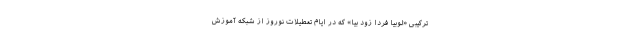
ترکیبی «لوبیا فردا زود بیا» که در ایام تعطیلات نوروز از شبکه آموزش